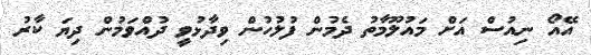
އޭއޯ ނިއުސް އަށް މައުލޫމާތު ދެމުން ފުލުހުން ވިދާޅުވީ ދުއްވަމުން ދިޔަ ކާރު